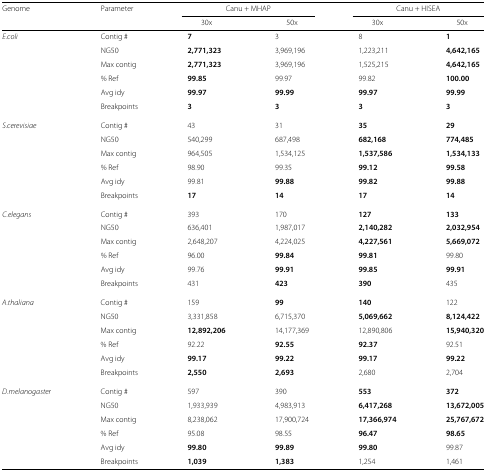
<table><thead><tr><td><b>Genome</b></td><td><b>Parameter</b></td><td colspan="2"><b>Canu + MHAP</b></td><td colspan="2"><b>Canu + HISEA</b></td></tr><tr><td></td><td></td><td><b>30x</b></td><td><b>50x</b></td><td><b>30x</b></td><td><b>50x</b></td></tr></thead><tbody><tr><td><i>E.coli</i></td><td>Contig #</td><td><b>7</b></td><td>3</td><td>8</td><td><b>1</b></td></tr><tr><td></td><td>NG50</td><td><b>2,771,323</b></td><td>3,969,196</td><td>1,223,211</td><td><b>4,642,165</b></td></tr><tr><td></td><td>Max contig</td><td><b>2,771,323</b></td><td>3,969,196</td><td>1,525,215</td><td><b>4,642,165</b></td></tr><tr><td></td><td>% Ref</td><td><b>99.85</b></td><td>99.97</td><td>99.82</td><td><b>100.00</b></td></tr><tr><td></td><td>Avg idy</td><td><b>99.97</b></td><td><b>99.99</b></td><td><b>99.97</b></td><td><b>99.99</b></td></tr><tr><td></td><td>Breakpoints</td><td><b>3</b></td><td><b>3</b></td><td><b>3</b></td><td><b>3</b></td></tr><tr><td><i>S.cerevisiae</i></td><td>Contig #</td><td>43</td><td>31</td><td><b>35</b></td><td><b>29</b></td></tr><tr><td></td><td>NG50</td><td>540,299</td><td>687,498</td><td><b>682,168</b></td><td><b>774,485</b></td></tr><tr><td></td><td>Max contig</td><td>964,505</td><td>1,534,125</td><td><b>1,537,586</b></td><td><b>1,534,133</b></td></tr><tr><td></td><td>% Ref</td><td>98.90</td><td>99.35</td><td><b>99.12</b></td><td><b>99.58</b></td></tr><tr><td></td><td>Avg idy</td><td>99.81</td><td><b>99.88</b></td><td><b>99.82</b></td><td><b>99.88</b></td></tr><tr><td></td><td>Breakpoints</td><td><b>17</b></td><td><b>14</b></td><td><b>17</b></td><td><b>14</b></td></tr><tr><td><i>C.elegans</i></td><td>Contig #</td><td>393</td><td>170</td><td><b>127</b></td><td><b>133</b></td></tr><tr><td></td><td>NG50</td><td>636,401</td><td>1,987,017</td><td><b>2,140,282</b></td><td><b>2,032,954</b></td></tr><tr><td></td><td>Max contig</td><td>2,648,207</td><td>4,224,025</td><td><b>4,227,561</b></td><td><b>5,669,072</b></td></tr><tr><td></td><td>% Ref</td><td>96.00</td><td><b>99.84</b></td><td><b>99.81</b></td><td>99.80</td></tr><tr><td></td><td>Avg idy</td><td>99.76</td><td><b>99.91</b></td><td><b>99.85</b></td><td><b>99.91</b></td></tr><tr><td></td><td>Breakpoints</td><td>431</td><td><b>423</b></td><td><b>390</b></td><td>435</td></tr><tr><td><i>A.thaliana</i></td><td>Contig #</td><td>159</td><td><b>99</b></td><td><b>140</b></td><td>122</td></tr><tr><td></td><td>NG50</td><td>3,331,858</td><td>6,715,370</td><td><b>5,069,662</b></td><td><b>8,124,422</b></td></tr><tr><td></td><td>Max contig</td><td><b>12,892,206</b></td><td>14,177,369</td><td>12,890,806</td><td><b>15,940,320</b></td></tr><tr><td></td><td>% Ref</td><td>92.22</td><td><b>92.55</b></td><td><b>92.37</b></td><td>92.51</td></tr><tr><td></td><td>Avg idy</td><td><b>99.17</b></td><td><b>99.22</b></td><td><b>99.17</b></td><td><b>99.22</b></td></tr><tr><td></td><td>Breakpoints</td><td><b>2,550</b></td><td><b>2,693</b></td><td>2,680</td><td>2,704</td></tr><tr><td><i>D.melanogaster</i></td><td>Contig #</td><td>597</td><td>390</td><td><b>553</b></td><td><b>372</b></td></tr><tr><td></td><td>NG50</td><td>1,933,939</td><td>4,983,913</td><td><b>6,417,268</b></td><td><b>13,672,005</b></td></tr><tr><td></td><td>Max contig</td><td>8,238,062</td><td>17,900,724</td><td><b>17,366,974</b></td><td><b>25,767,672</b></td></tr><tr><td></td><td>% Ref</td><td>95.08</td><td>98.55</td><td><b>96.47</b></td><td><b>98.65</b></td></tr><tr><td></td><td>Avg idy</td><td><b>99.80</b></td><td><b>99.89</b></td><td><b>99.80</b></td><td>99.87</td></tr><tr><td></td><td>Breakpoints</td><td><b>1,039</b></td><td><b>1,383</b></td><td>1,254</td><td>1,461</td></tr></tbody></table>